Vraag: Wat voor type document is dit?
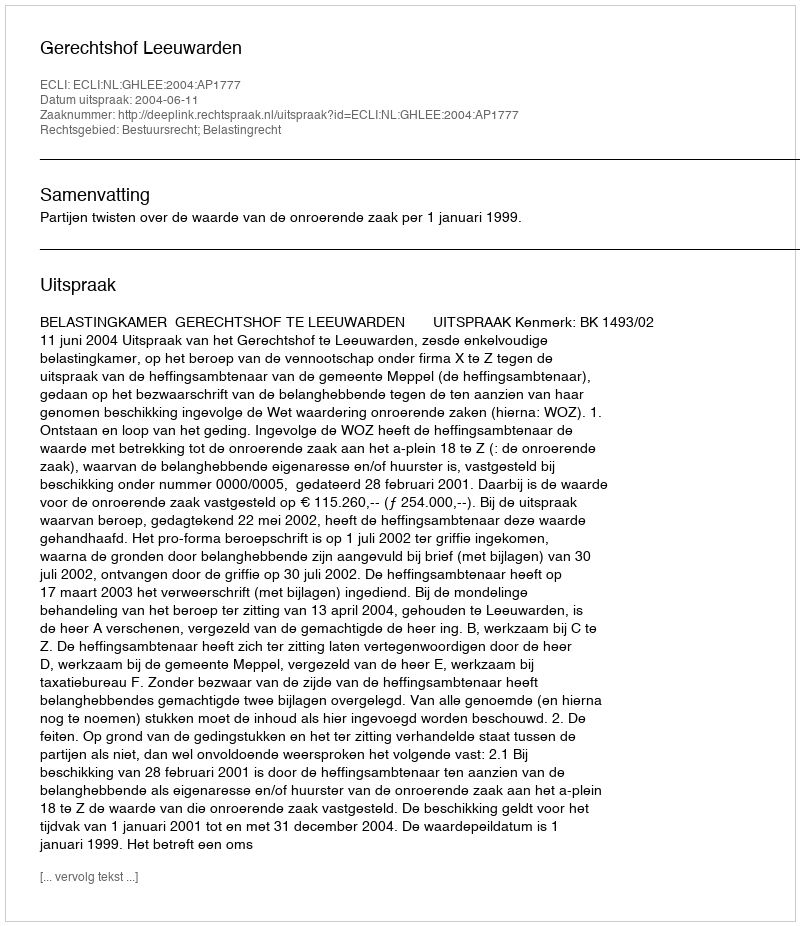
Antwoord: Uitspraak